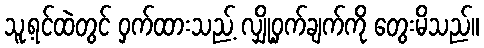
သူ့ရင်ထဲတွင် ဝှက်ထားသည့် လျှို့ဝှက်ချက်ကို တွေးမိသည်။